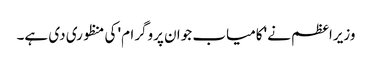
وزیراعظم نے 'کامیاب جوان پروگرام' کی منظوری دی ہے۔